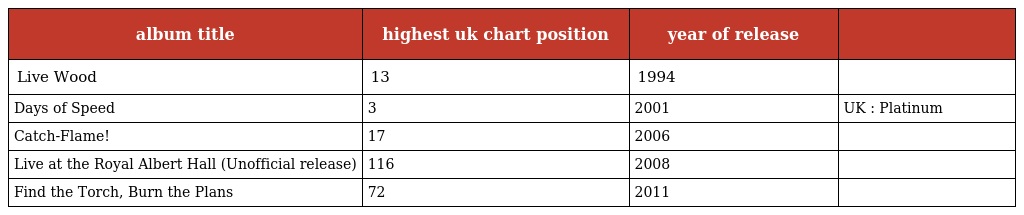
| album title | highest uk chart position | year of release |  |
 | --- | --- | --- | --- |
 | Live Wood | 13 | 1994 |  |
 | Days of Speed | 3 | 2001 | UK : Platinum |
 | Catch-Flame! | 17 | 2006 |  |
 | Live at the Royal Albert Hall (Unofficial release) | 116 | 2008 |  |
 | Find the Torch, Burn the Plans | 72 | 2011 |  |